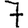
Digit: 7